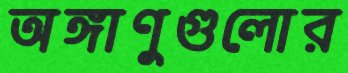
অঙ্গাণুগুলোর